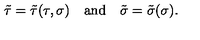
\tilde { \tau } = \tilde { \tau } ( \tau , \sigma ) \quad \mathrm { a n d } \quad \tilde { \sigma } = \tilde { \sigma } ( \sigma ) .